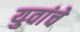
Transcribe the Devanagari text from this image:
युवांचे